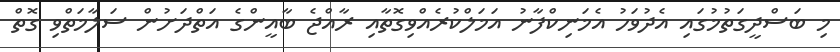
މި ބަސްދީގަތުމުގައި އެދުވަހު އެމަނިކްފާނު އަމަލްކުރެއްވިގޮތާއި ރާއްޖެ ބާއީންގެ އަތްދަށުން ސަލާމަތްވި ގޮތް